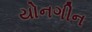
યોનગીન